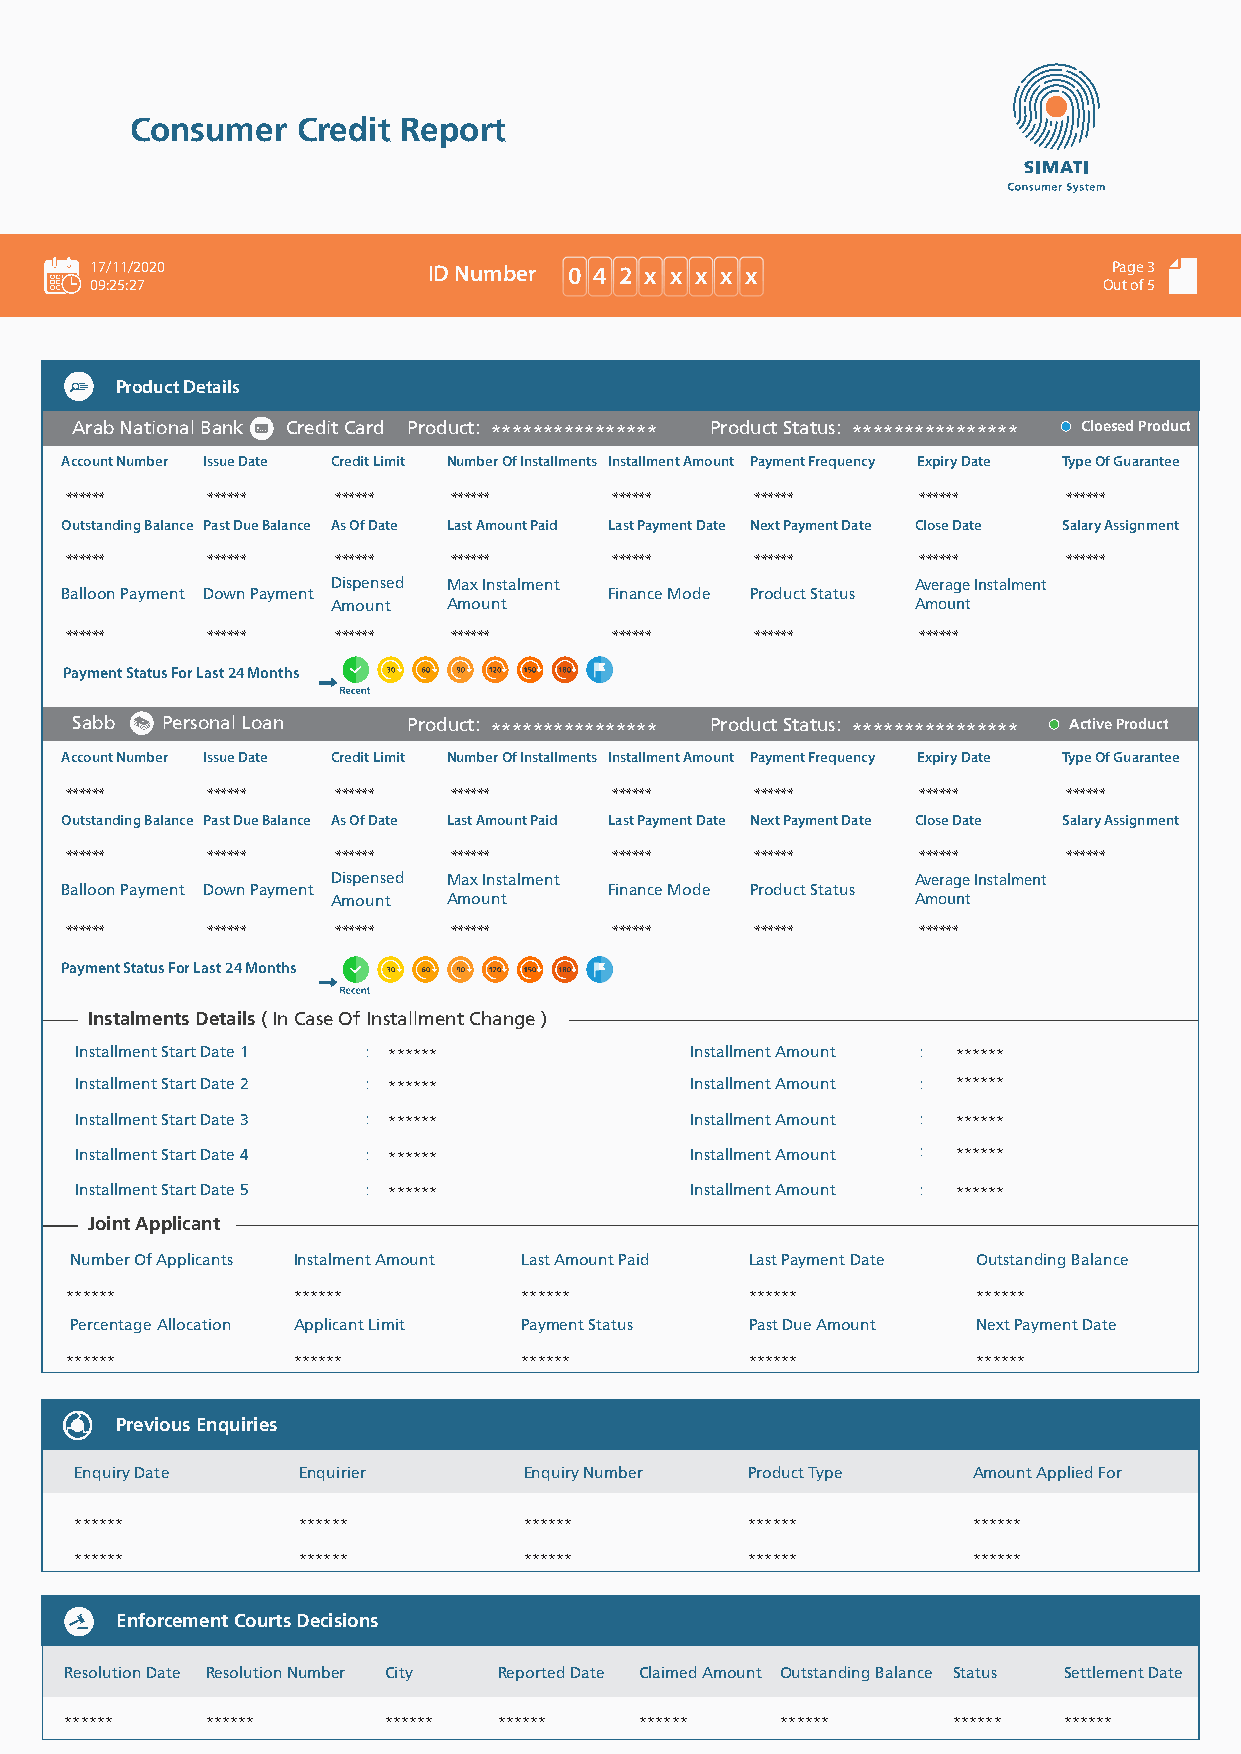
Consumer   Credit Report
 17/11/2020            ID Number 0 4 2 x x x x x                     Page 3
 09:25:27                                                           Out of 5
 Product Details
 Arab National Bank Credit Card Product: **************** Product Status: **************** Cloesed Product
 Account Number Issue Date Credit Limit Number Of Installments Installment Amount Payment Frequency Expiry Date Type Of Guarantee
 ******    ******  ******  ******     ******   ******     ******    ******
 Outstanding Balance Past Due Balance As Of Date Last Amount Paid Last Payment Date Next Payment Date Close Date Salary Assignment
 ******    ******  ******  ******     ******   ******     ******    ******
 Dispensed Max Instalment               Average Instalment
 Balloon Payment Down Payment        Finance Mode Product Status
 Amount  Amount                         Amount
 ******    ******  ******  ******     ******   ******     ******
 Payment Status For Last 24 Months
 Sabb  Personal Loan   Product: **************** Product Status: **************** Active Product
 Account Number Issue Date Credit Limit Number Of Installments Installment Amount Payment Frequency Expiry Date Type Of Guarantee
 ******    ******  ******  ******     ******   ******     ******    ******
 Outstanding Balance Past Due Balance As Of Date Last Amount Paid Last Payment Date Next Payment Date Close Date Salary Assignment
 ******    ******  ******  ******     ******   ******     ******    ******
 Dispensed Max Instalment               Average Instalment
 Balloon Payment Down Payment        Finance Mode Product Status
 Amount  Amount                         Amount
 ******    ******  ******  ******     ******   ******     ******
 Payment Status For Last 24 Months
 Instalments Details ( In Case Of Installment Change )
 Installment Start Date 1 : ******        Installment Amount : ******
 Installment Start Date 2 : ******        Installment Amount : ******
 Installment Start Date 3 : ******        Installment Amount : ******
 Installment Start Date 4 : ******        Installment Amount : ******
 Installment Start Date 5 : ******        Installment Amount : ******
 Joint Applicant
 Number Of Applicants Instalment Amount Last Amount Paid Last Payment Date Outstanding Balance
 ******         ******         ******          ******         ******
 Percentage Allocation Applicant Limit Payment Status Past Due Amount Next Payment Date
 ******         ******         ******          ******         ******
 Previous Enquiries
 Enquiry Date   Enquirier      Enquiry Number Product Type  Amount Applied For
 ******         ******         ******         ******        ******
 ******         ******         ******         ******        ******
 Enforcement Courts Decisions
 Resolution Date Resolution Number City Reported Date Claimed Amount Outstanding Balance Status Settlement Date
 ******    ******     ******  ******   ******    ******     ****** ******